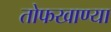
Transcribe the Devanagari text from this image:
तोफखाण्या